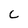
Character: C